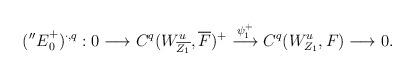
LaTeX: \begin{align*}\begin{aligned}({''E}^{+}_{0})^{\cdot, q}:0\longrightarrow C^{q}(W_{\overline{Z_{1}}}^{u}, \overline{F})^{+}\overset{\psi^{+}_{1}}\longrightarrow C^{q}(W^{u}_{Z_{1}}, F) \longrightarrow 0.\end{aligned}\end{align*}